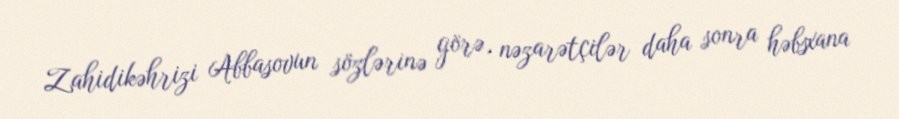
Zahidikəhrizi Abbasovun sözlərinə görə, nəzarətçilər daha sonra həbsxana